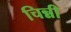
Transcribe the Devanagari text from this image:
चिन्नी